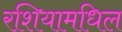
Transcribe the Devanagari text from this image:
रशियामधिल